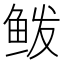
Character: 𱇣